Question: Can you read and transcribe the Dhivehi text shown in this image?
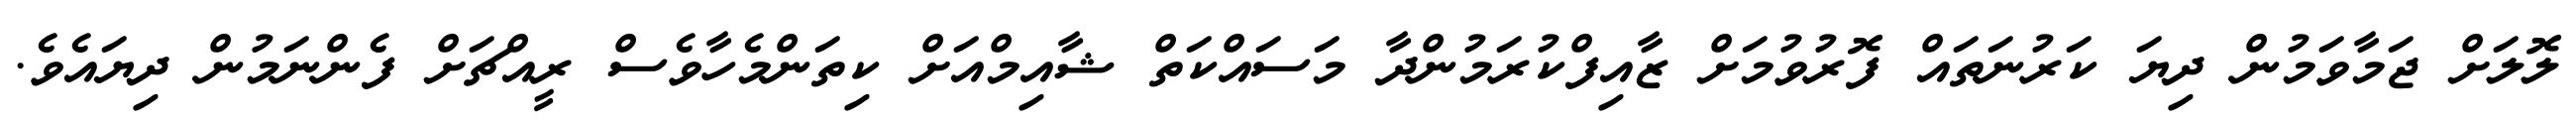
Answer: ލޮލަށް ޖަމާވަމުން ދިޔަ ކަރުނަތައް ފޮރުވުމަށް ޒާއިފްކުރަމުންދާ މަސައްކަތް ޝާއިމްއަށް ކިތަންމެހާވެސް ރީއްޗަށް ފެންނަމުން ދިޔައެވެ.